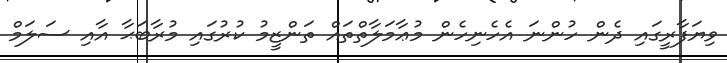
ވިޔަފާރީގައި ދެން ހުންނަ އެހެނިހެން މުޢާމަލާތްތައް ތަންޒީމު ކުރުގައި މުރާބަޙާ އާއި ސަލަމް